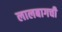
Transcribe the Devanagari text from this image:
लालबागची